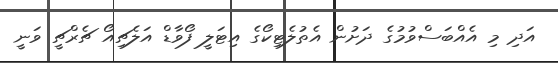
އަދި މި އެއްބަސްވުމުގެ ދަށުން އެތުލެޓިކޯގެ އިޓަލީ ފޯވާޑް އަލެޗިއޯ ޗެރްޗީ ވަނީ